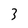
Character: 3